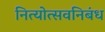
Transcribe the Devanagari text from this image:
नित्योत्सवनिबंध